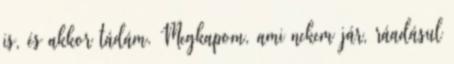
is, és akkor tádám. Megkapom, ami nekem jár, ráadásul